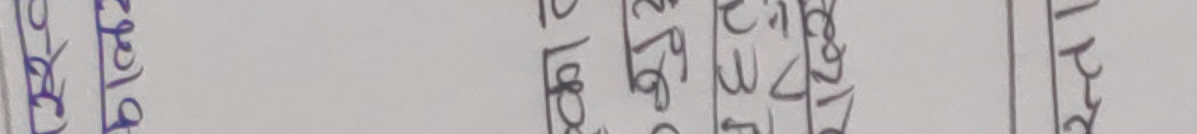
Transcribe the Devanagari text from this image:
प्रदेश ३-३४६